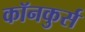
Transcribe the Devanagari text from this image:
कॉनकुर्स